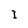
Character: I